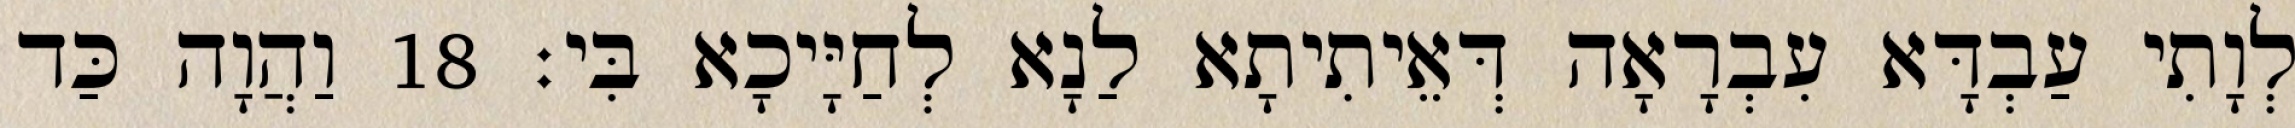
לְוָתִי עַבְדָּא עִבְרָאָה דְּאֵיתִיתָא לַנָא לְחַיָּיכָא בִּי׃ 18 וַהֲוָה כַּד